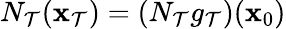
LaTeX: N_{\mathcal{T}}({\mathbf{{x}}}_{\mathcal{T}})=(N_{\mathcal{T}}g_{\mathcal{T}})({\mathbf{{x}}}_{0})